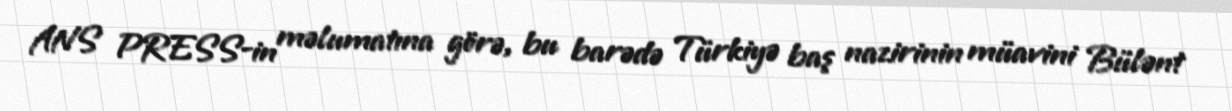
ANS PRESS-in məlumatına görə, bu barədə Türkiyə baş nazirinin müavini Bülənt